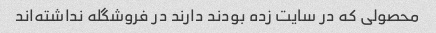
محصولی که در سایت زده بودند دارند در فروشگله نداشته‌اند